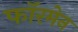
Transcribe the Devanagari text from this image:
फॉरमेन